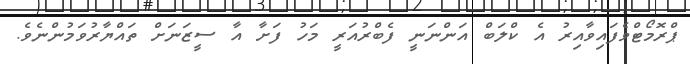
ޕްރޮމޯޓްވެފައިވާއިރު އެ ކްލަބް އަންނަނީ ފެބްރުއަރީ މަހު ފަށާ އާ ސީޒަނަށް ތައްޔާރުވަމުންނެވެ.